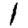
Digit: 1